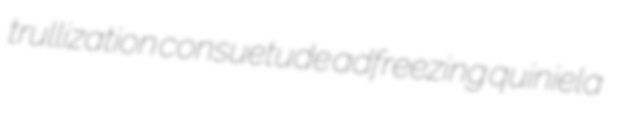
trullization consuetude adfreezing quiniela